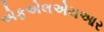
એફએલએચઆર